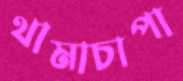
থামাচাপা